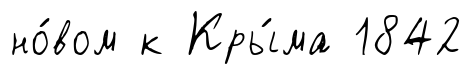
но́вом к Кры́ма 1842